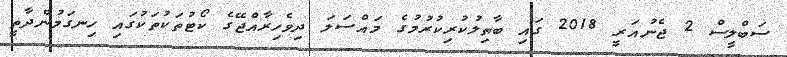
ސަބްލީސް 2 ޖެނުއަރީ 2018 ގައި ބާތިލުކުރިކުރުމުގެ މައްސަލަ ދިވެހިރާއްޖޭގެ ކޯޓުތަކުތަކުގައި ހިނގަމުންދާތީ